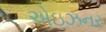
એઇઝનર